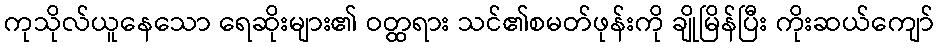
ကုသိုလ်ယူနေသော ရေဆိုးများ၏ ဝတ္ထရား သင်၏စမတ်ဖုန်းကို ချိုမြိန်ပြီး ကိုးဆယ်ကျော်